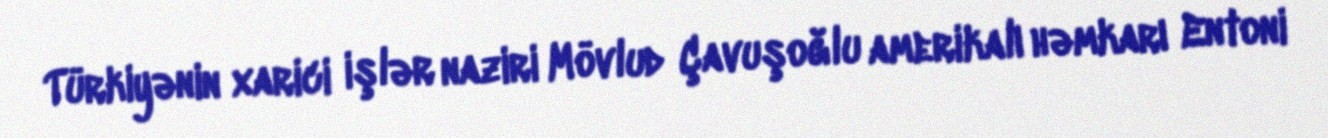
Türkiyənin xarici işlər naziri Mövlud Çavuşoğlu amerikalı həmkarı Entoni